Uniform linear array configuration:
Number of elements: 12
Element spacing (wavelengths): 0.25
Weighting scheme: blackman
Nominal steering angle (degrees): -60
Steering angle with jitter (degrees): -60.097
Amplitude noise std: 0.05
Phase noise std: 0.05

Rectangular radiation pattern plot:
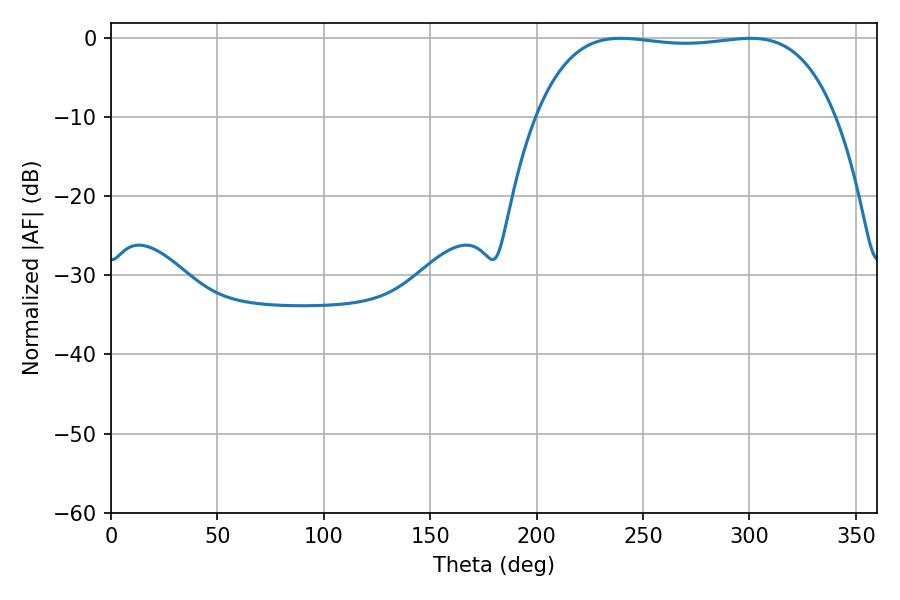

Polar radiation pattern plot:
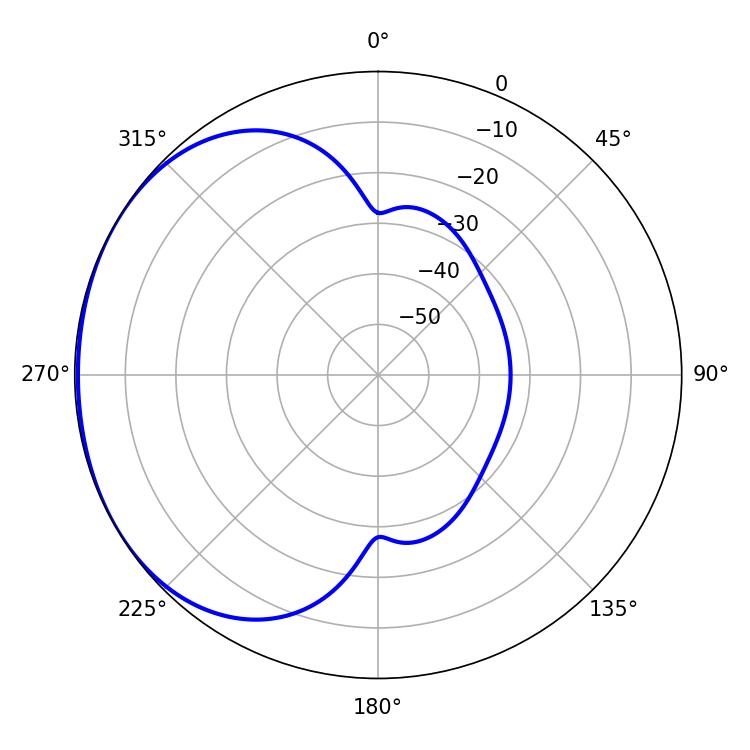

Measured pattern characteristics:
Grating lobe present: FALSE
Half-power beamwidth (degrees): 111.24
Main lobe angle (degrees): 239.58